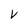
Character: v